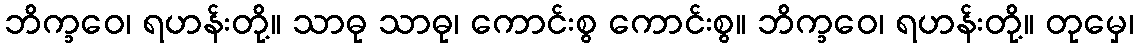
ဘိက္ခဝေ၊ ရဟန်းတို့။ သာဓု သာဓု၊ ကောင်းစွ ကောင်းစွ။ ဘိက္ခဝေ၊ ရဟန်းတို့။ တုမှေ၊